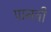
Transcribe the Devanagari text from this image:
पामची